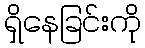
ရှိနေခြင်းကို